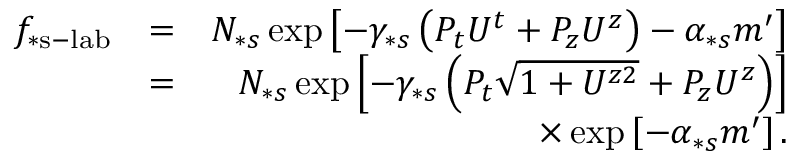
\begin{array} { r l r } { f _ { \ast \mathrm { s - l a b } } } & { = } & { N _ { \ast s } \exp \left[ - \gamma _ { \ast s } \left( P _ { t } U ^ { t } + P _ { z } U ^ { z } \right) - \alpha _ { \ast s } m ^ { \prime } \right] } \\ & { = } & { N _ { \ast s } \exp \left[ - \gamma _ { \ast s } \left( P _ { t } \sqrt { 1 + U ^ { z 2 } } + P _ { z } U ^ { z } \right) \right] } \\ & { } & { \times \exp \left[ - \alpha _ { \ast s } m ^ { \prime } \right] . } \end{array}